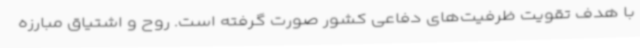
با هدف تقویت ظرفیت‌های دفاعی کشور صورت گرفته است. روح و اشتیاق مبارزه